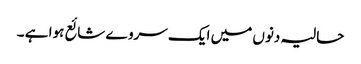
حالیہ دنوں میں ایک سروے شائع ہوا ہے ۔